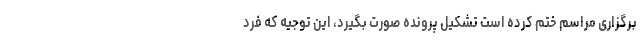
برگزاری مراسم ختم کرده است تشکیل پرونده صورت بگیرد، این توجیه که فرد